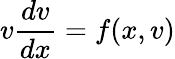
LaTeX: v{\frac{dv}{dx}}=f(x,v)